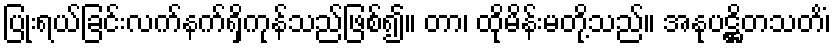
ပြုံးရယ်ခြင်းလက်နက်ရှိကုန်သည်ဖြစ်၍။ တာ၊ ထိုမိန်းမတို့သည်။ အနုပဋ္ဌိတသတိံ၊